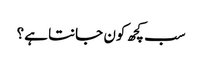
سب کچھ کون جانتا ہے؟